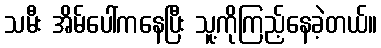
သမီး အိမ်ပေါ်ကနေပြီး သူ့ကိုကြည့်နေခဲ့တယ်။